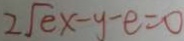
2 \sqrt { e } x - y - e = 0